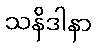
သနိဒါနာ